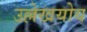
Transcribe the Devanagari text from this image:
उल्लेखयोय